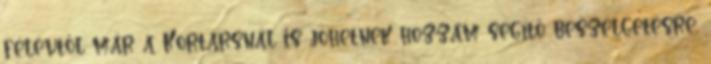
félévtől már a Kortársnál is jöhetnek hozzám segítő beszélgetésre,